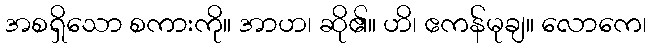
အစရှိသော စကားကို။ အာဟ၊ ဆို၏။ ဟိ၊ ဧကန်မုချ။ လောကေ၊